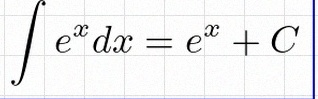
\int e^x dx=e^x+C